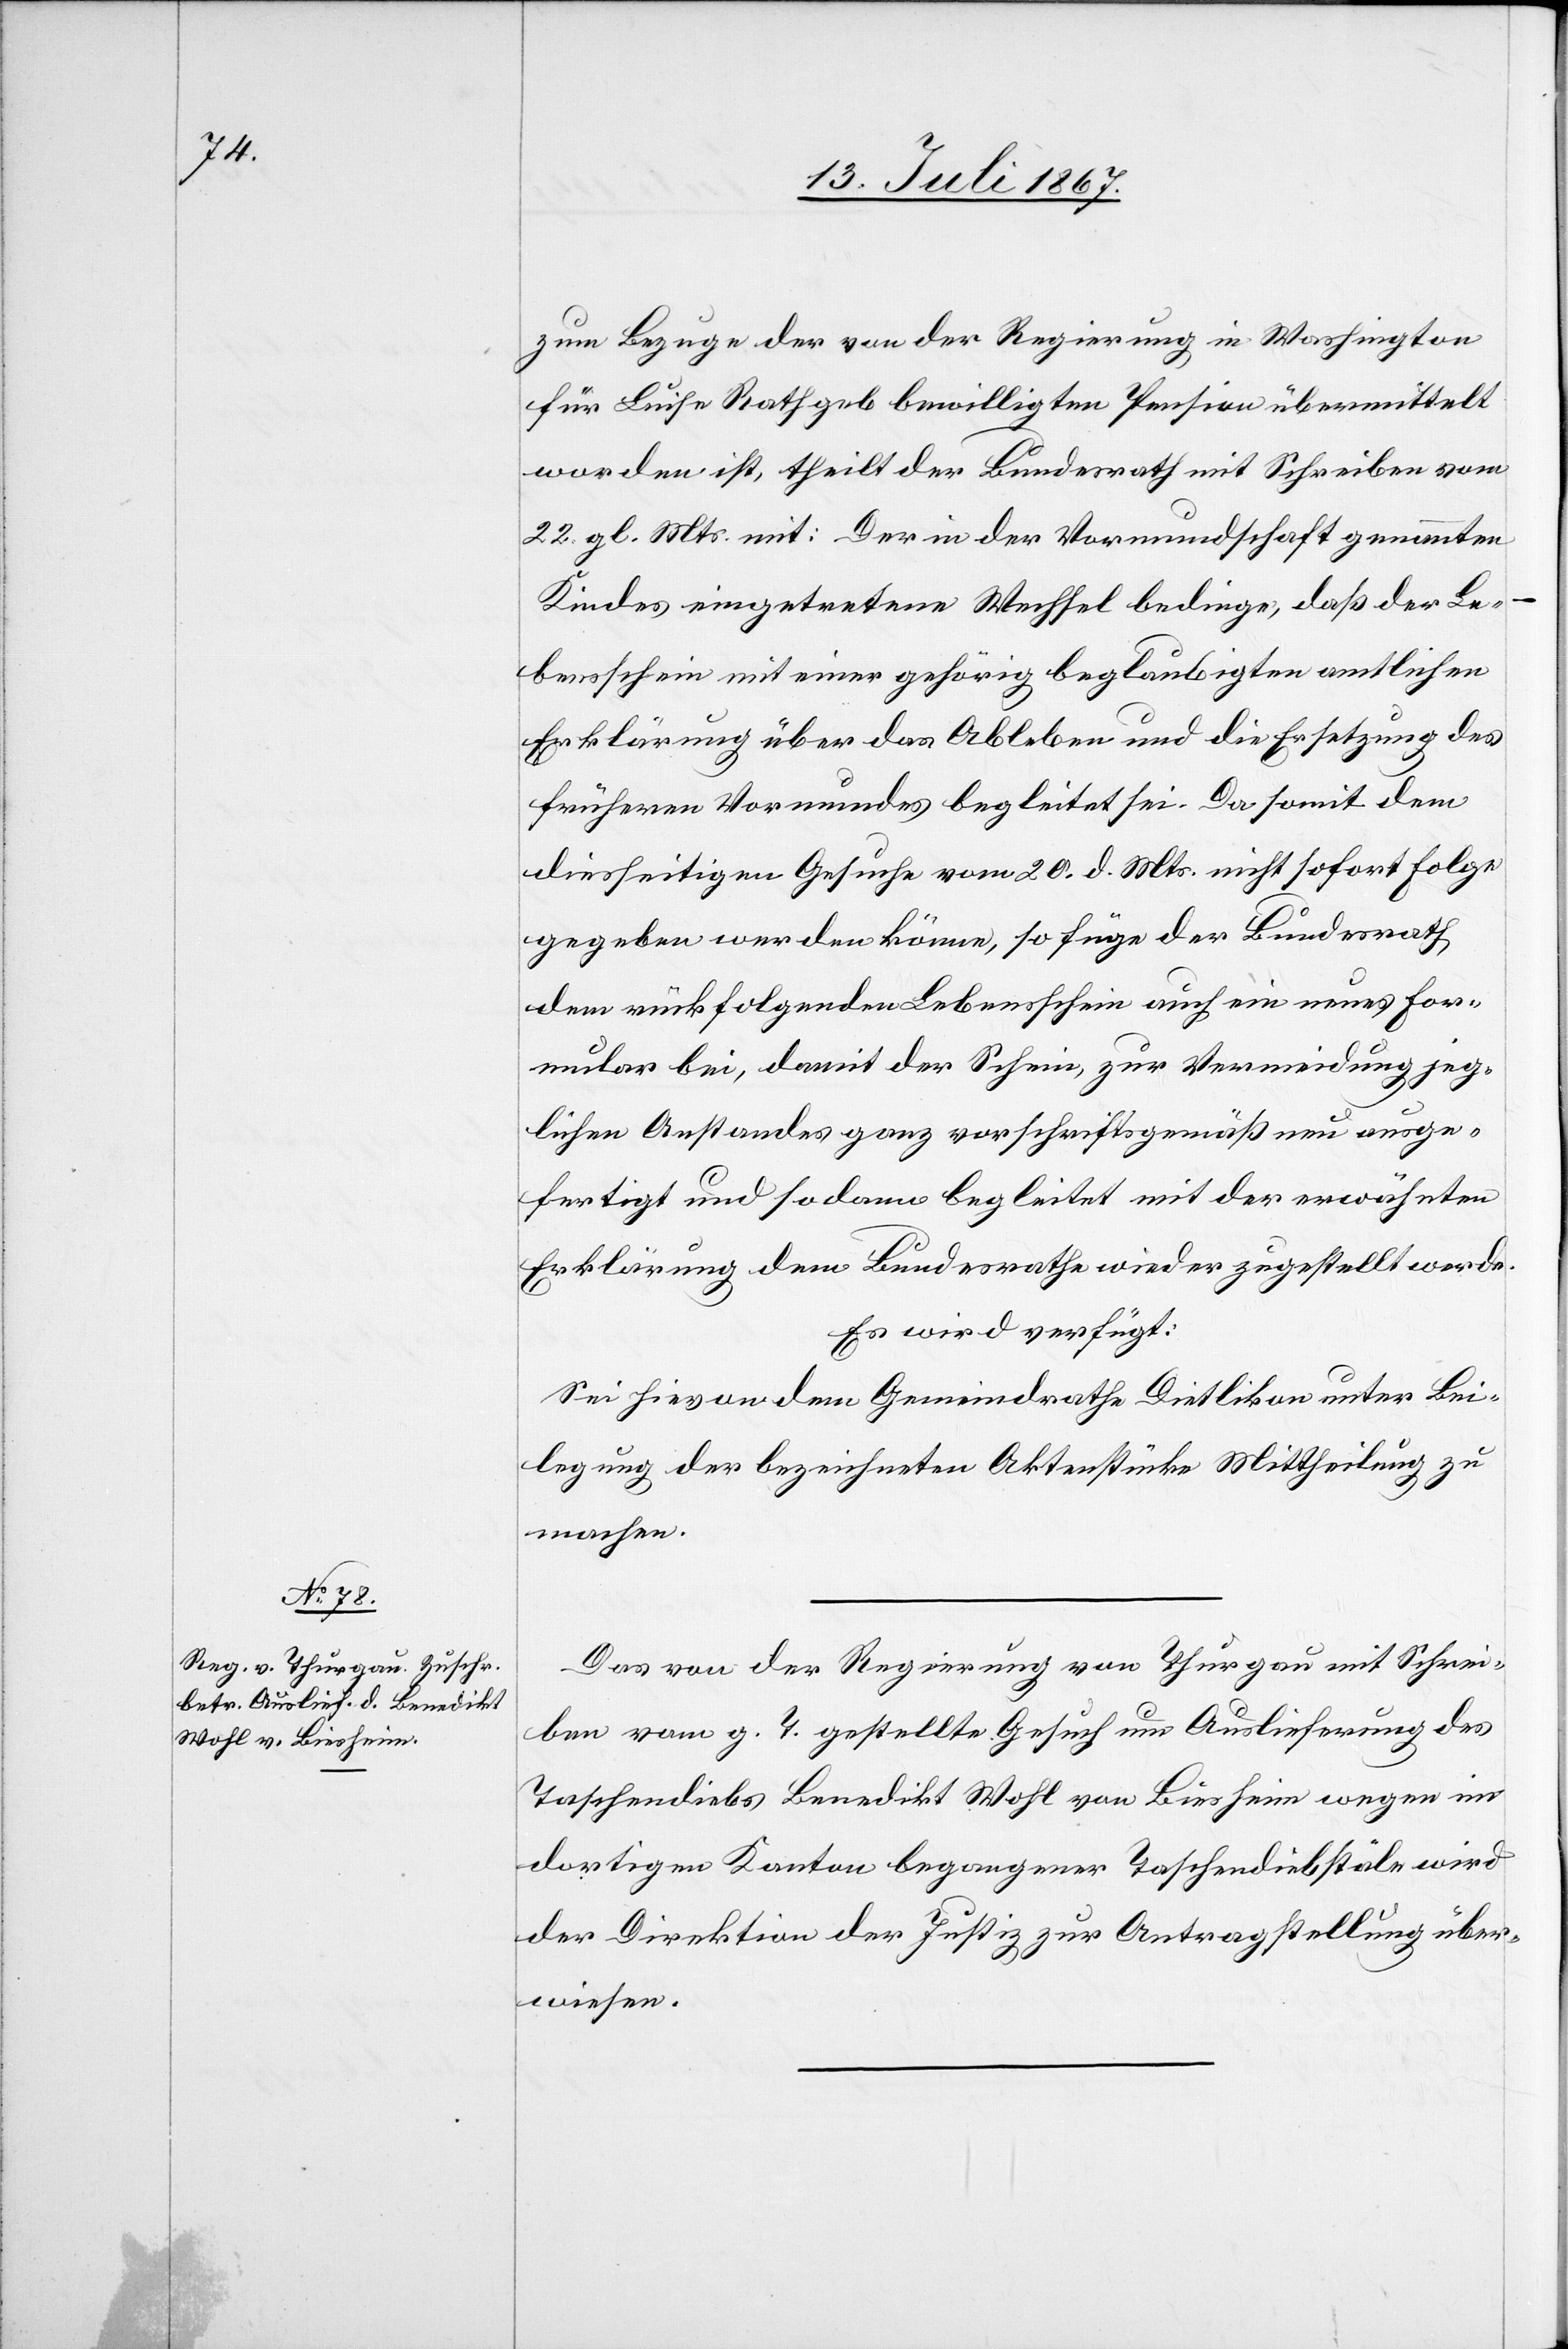
25. Juli 1867.]
zum Bezug der von der Regierung in Washington
für Luise Rathgeb bewilligten Pension übermittelt
worden ist, theilt der Bundesrath mit Schreiben vom
22. gl. Mts. mit: Der in der Vormundschaft genannten
Kindes eingetretene Wechsel bedinge, daß der Le¬
bensschein mit einer gehörig beglaubigten amtlichen
Erklärung über das Ableben und die Ersetzung des
früheren Vormundes begleitet sei. Da somit dem
diesseitigen Gesuche vom 20. d. Mts. nicht sofort Folge
gegeben werden könne, so füge der Bundesrath
dem rückfolgenden Lebensschein auch ein neues For¬
mular bei, damit der Schein, zur Vermeidung jeg¬
lichen Anstandes ganz vorschriftsgemäß neu ausge¬
fertigt und sodann begleitet mit der erwähnten
Erklärung dem Bundesrathe wieder zugestellt werde.
Es wird verfügt:
Sei hievon dem Gemeindrathe Dietlikon unter Bei¬
legung der bezeichneten Aktenstücke Mittheilung zu
machen.
Das von der Regierung von Thurgau mit Schrei¬
ben vom g. T. gestellte Gesuch um Auslieferung des
Taschendiebs Benedikt Wohl von Liesheim wegen im
dortigen Kanton begangener Taschendiebstäle wird
der Direktion der Justiz zur Antragstellung über¬
wiesen.